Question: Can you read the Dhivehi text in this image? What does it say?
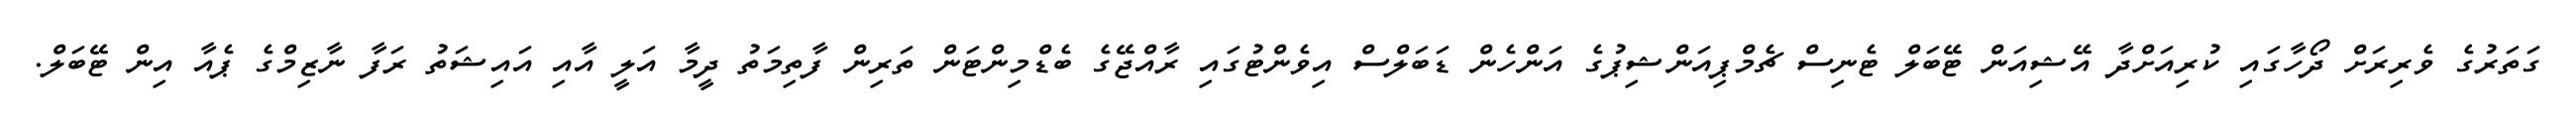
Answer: ގަތަރުގެ ވެރިރަށް ދޯހާގައި ކުރިއަށްދާ އޭޝިއަން ޓޭބަލް ޓެނިސް ޗެމްޕިއަންޝިޕުގެ އަންހެން ޑަބަލްސް އިވެންޓުގައި ރާއްޖޭގެ ބެޑްމިންޓަން ތަރިން ފާތިމަތު ދީމާ އަލީ އާއި އައިޝަތު ރަފާ ނާޒިމްގެ ޕެއާ އިން ޓޭބަލް.